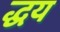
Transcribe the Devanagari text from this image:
द्धय